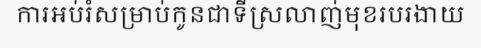
ការអប់រំសម្រាប់កូនជាទីស្រលាញ់មុខរបរងាយ